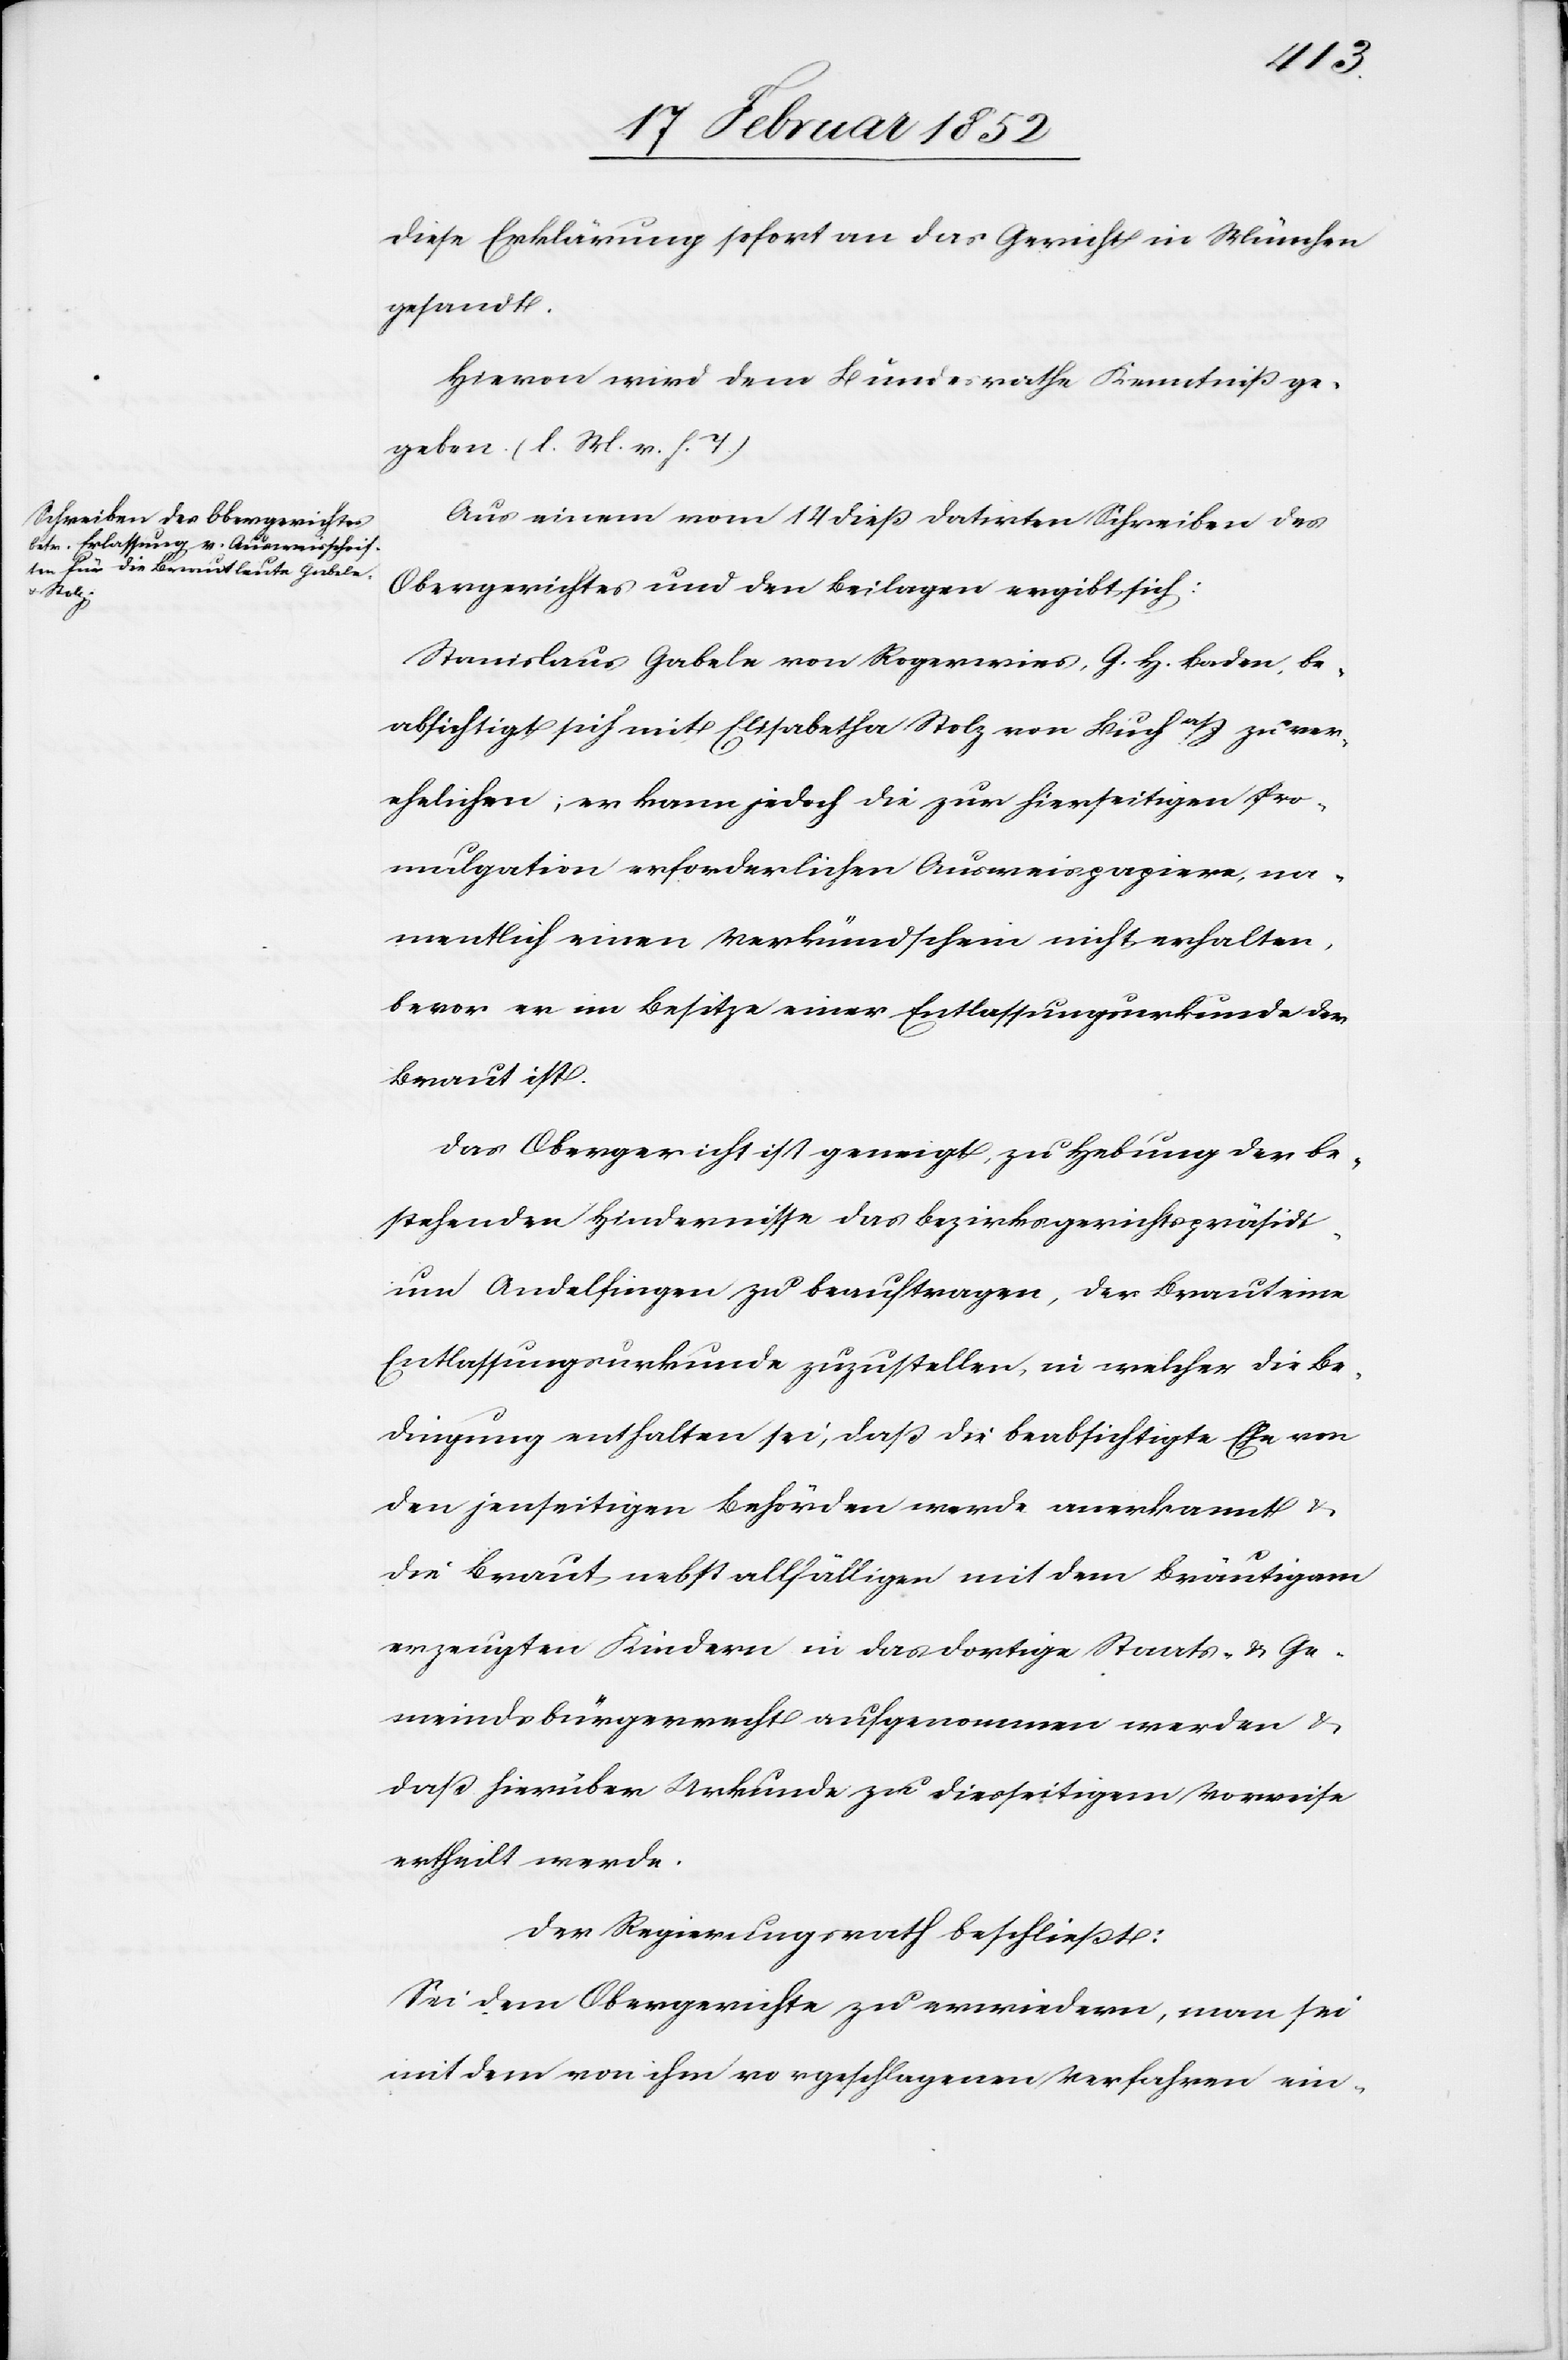
diese Erklärung sofort an das Gericht in München
gesandt.
Hiervon wird dem Bundesrathe Kenntniß ge¬
geben. (l. M. v. h. T.)
Aus einem vom 14 dieß datirten Schreiben des
Obergerichtes und den Beilagen ergibt sich:
Stanislaus Gabele von Rogerwies, G. H. Baden, be¬
absichtigt sich mit Elisabetha Stolz von Buch a/S zu ver¬
ehelichen, er kann jedoch die zur hierseitigen Pro¬
mulgation erforderlichen Ausweispapiere, na¬
mentlich einen Verkündschein nicht erhalten,
bevor er im Besitze einer Entlassungsurkunde der
Braut ist.
Das Obergericht ist geneigt, zu Hebung der be¬
stehenden Hindernisse das Bezirksgerichtspräsidi¬
um Andelfingen zu beauftragen, der Braut eine
Entlassungsurkunde zuzustellen, in welcher die Be¬
dingung enthalten sei, daß die beabsichtigte Ehe von
den jenseitigen Behörden werde anerkannt u.
die Braut nebst allfälligen mit dem Bräutigam
erzeugten Kindern in das dortige Staats- u. Ge¬
meindsbürgerrecht aufgenommen werden u.
daß hierüber Urkunde zu diesseitigem Vorweise
ertheilt werde.
Der Regierungsrath beschließt:
Sei dem Obergerichte zu erwiedern, man sei
mit dem von ihm vorgeschlagenen Verfahren ein-